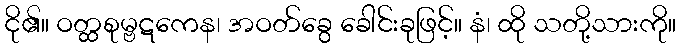
ငို၏။ ဝတ္ထစုမ္ဗဋကေန၊ အဝတ်ခွေ ခေါင်းခုဖြင့်။ နံ၊ ထို သတို့သားကို။